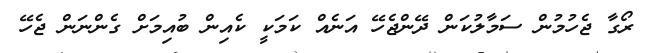
ރޯގާ ޖެހުމުން ސަމާލުކަން ދޭންޖެހޭ އަނެއް ކަމަކީ ކެއިން ބުއިމަށް ގެންނަން ޖެހޭ